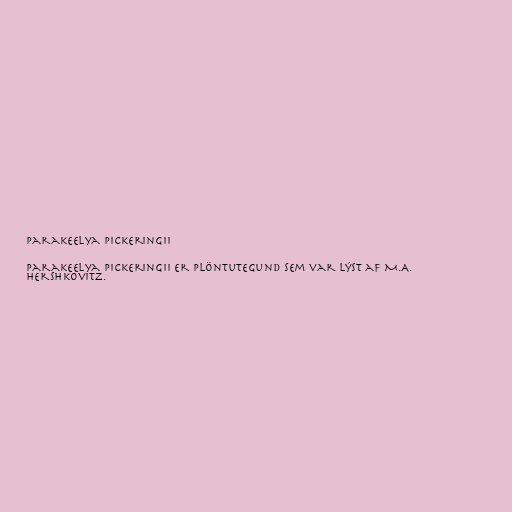
Parakeelya pickeringii

Parakeelya pickeringii er plöntutegund sem var lýst af M.A.
Hershkovitz.